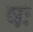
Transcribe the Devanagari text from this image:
षः